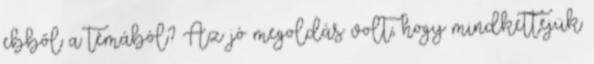
ebből a témából? Az jó megoldás volt, hogy mindkettejük